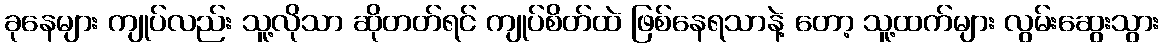
ခုနေများ ကျုပ်လည်း သူ့လိုသာ ဆိုတတ်ရင် ကျုပ်စိတ်ထဲ ဖြစ်နေရသာနဲ့ တော့ သူ့ထက်များ လွမ်းဆွေးသွား